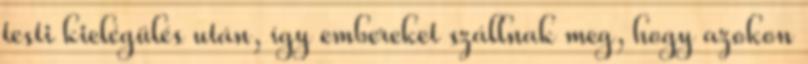
testi kielégülés után, így embereket szállnak meg, hogy azokon